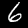
Digit: 6